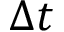
\Delta t